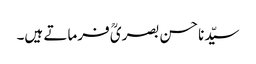
سیّدنا حسن بصریؒ فرماتے ہیں۔